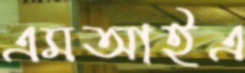
এমআইএ